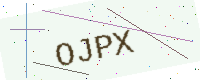
Text: OJPX